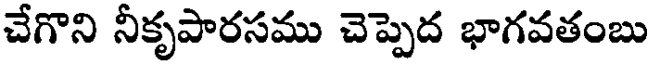
చేగొని నీకృపారసము చెప్పెద భాగవతంబు